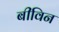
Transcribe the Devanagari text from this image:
बीविन